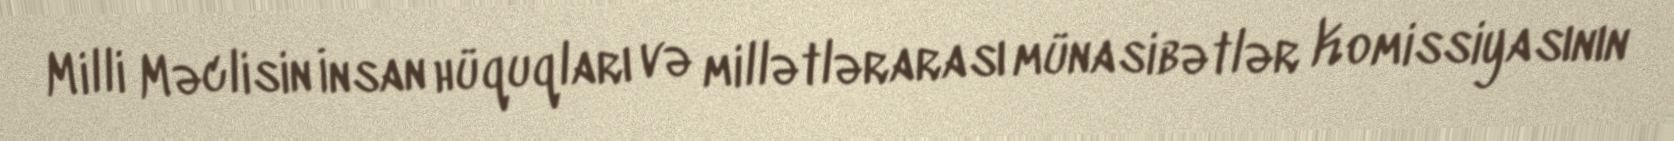
Milli Məclisin İnsan hüquqları və millətlərarası münasibətlər Komissiyasının